Report on horse surra - Volume II, Part II
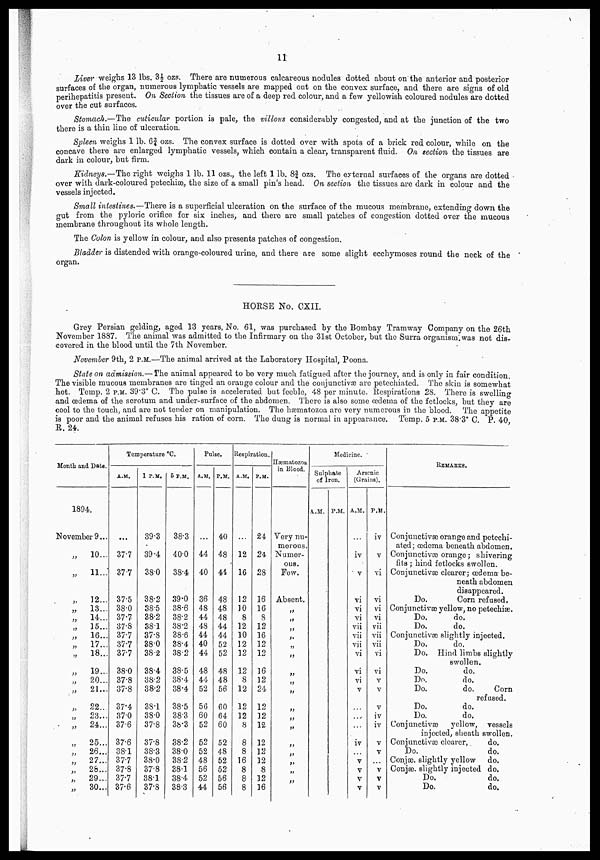
11
Liver weighs 13 lbs. 3½ ozs. There are numerous calcareous nodules dotted about on the anterior and posterior
surfaces of the organ, numerous lymphatic vessels are mapped out on the convex surface, and there are signs of old
perihepatitis present. On Section the tissues are of a deep red colour, and a few yellowish coloured nodules are dotted
over the cut surfaces.
Stomach.—The cuticular portion is pale, the villous considerably congested, and at the junction of the two
there is a thin line of ulceration.
Spleen weighs 1 lb. 6¾ozs. The convex surface is dotted over with spots of a brick red colour, while on the
concave there are enlarged lymphatic vessels, which contain a clear, transparent fluid. On section the tissues are
dark in colour, but firm.
Kidneys.—The right weighs 1 lb. 11 ozs., the left 1 lb. 8¾ozs. The external surfaces of the organs are dotted
over with dark-coloured petechias, the size of a small pin's head. On section the tissues are dark in colour and the
vessels injected.
Small intestines.—There is a superficial, ulceration on the surface of the mucous membrane, extending down the
gut from the pyloric orifice for six inches, and there are small patches of congestion dotted over the mucous
membrane throughout its whole length.
The Colon is yellow in colour, and also presents patches of congestion.
Bladder is distended with orange-coloured urine, and there are some slight ecchymoses round the neck of the
organ.
HORSE No. CXII.
Grey Persian gelding, aged 13 years, No. 61, was purchased by the Bombay Tramway Company on the 26th
November 1887. The animal was admitted to the Infirmary on the 31st October, but the Surra organism was not dis-
covered in the blood until the 7th November.
November 9th, 2 P.M.—The animal arrived at the Laboratory Hospital, Poona.
State on admission.— The animal appeared to be very much fatigued after the journey, and is only in fair condition.
The visible mucous membranes are tinged an orange colour and the conjunctivae are petechiated. The skin is somewhat
hot. Temp. 2 P.M. 39 , 3° C. The pulse is accelerated but feeble, 48 per minute. Respirations 28. There is swelling
and oedema of the sorotum and under-surface of the abdomen. There is also some œdema of the fetlocks, but they are
cool to the touch, and are not tender on manipulation. The hæmatozoa are very numerous in the blood. The appetite
is poor and the animal refuses his ration of corn. The dung is normal in appearance. Temp. 5 P.M. 38.3° C. P. 40,
R. 24.
Month and Date.
1894
November 9...
„
„
„
„
„
„
„
„
„
„
„
„
„
„
„
„
„
„
„
„
„
10...
11...
12...
13...
14...
15...
16...
17...
18...
19...
20...
21...
22..
23...
24...
25...
26...
27...
28...
29...
30...
Temporature °C.
A.M.
...
37.7
377
37.5
38.0
37.7
37.8
37.7
37.7
37.7
38.0
37.8
37.8
37.4
37.0
37.6
37.6
38.1
377
37.8
37.7
37.6
1 P.M.
39.3
39.4
38.0
38.2
38.5
38.2
38.1
37.8
38.0
38.2
38.4
38.2
38.2
38.1
38.0
37.8
37.8
38.3
38.0
37.8
38.1
37.8
5 P.M.
38.3
40.0
38.4
39.0
38.6
38.2
38.2
38.6
38.4
38.2
38.5
38.4
38.4
38.5
38.3
38.3
38.2
38.0
38.2
38.1
38.4
383
Pulse.
A.M.
...
44
40
36
48
44
48
44
40
44
48
44
52
56
60
52
52
52
48
56
52
44
P.M.
40
48
41
48
48
48
44
44
52
52
48
48
56
60
64
60
52
48
52
52
56
56
Respiration.
A.M.
...
12
16
12
10
8
12
10
12
12
12
8
12
12
12
8
8
8
16
8
8
8
P.M.
24
24
28
16
16
8
12
16
12
12
16
12
24
12
12
12
12
12
12
8
12
16
Hæmatozoa
in Blood.
Very nu-
merous.
Numer-
ous.
Few.
Absent.
„
„
„
„
„
„
„
„
„
„
„
„
„
„
„
„
„
„
Medicine.
Sulphate
of Iron.
A.M. P.M.
Arsenic
(Grains).
A.M.
...
iv
v
vi
vi
vi
vii
vii
vii
vi
vi
vi
v
...
...
...
iv
...
v
v
v
v
P.M.
iv
v
vi
vi
vi
vi
vii
vii
vii
vi
vi
v
v
v
iv
iv
v
v
....
v
v
v
REMARKS.
Conjunctivae orange and petechi-
ated; œdema beneath abdomen.
Conjunctivas orange; shivering
fits ; hind fetlocks swollen.
Conjunctivæ clearer; œdema be-
neath abdomen
disappeared.
Do.
Corn refused.
Conjunctiva) yellow, no petechias.
Do.
do.
Do.
do.
Conjunctiva) slightly injected.
Do.
do.
Do. Hind limbs slightly
swollen.
Do.
do.
Do.
do.
Do.
do.
Corn
refused.
Do.
do.
Do.
do.
Conjunctiva)
yellow, vessels
injected, sheath swollen.
Conjunctiva) clearer,
do.
Do.
do.
Conjæ, slightly yellow do.
Conjæ, slightly injected do.
Do.
do.
Do.
do.